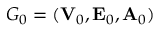
G _ { 0 } = ( { \bf V } _ { 0 } , { \bf E } _ { 0 } , { \bf A } _ { 0 } )